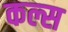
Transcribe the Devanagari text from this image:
कल्स